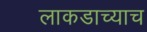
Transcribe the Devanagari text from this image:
लाकडाच्याच